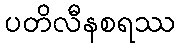
ပတိလီနစရဿ